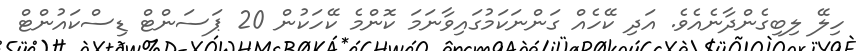
ހިލޭ ލިބިގެންދާނެއެވެ. އަދި ކޭހެއް ގަންނަކަމުގައިވާނަމަ ކޮންމެ ކޭހަކުން 20 ޕަސަންޓް ޑިސްކައުންޓް